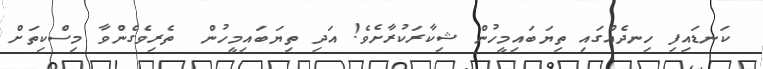
ކަނޑައިފި ހިނދެއްގައި ތިޔަބައިމީހުން ޝިކާރަކުރާށެވެ! އަދި ތިޔަބައިމީހުން  ތެރިވެގެންވާ މިސްކިތަށް